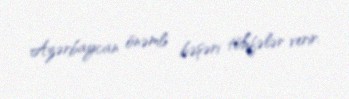
Azərbaycan önəmli bəşəri töhfələr verir.